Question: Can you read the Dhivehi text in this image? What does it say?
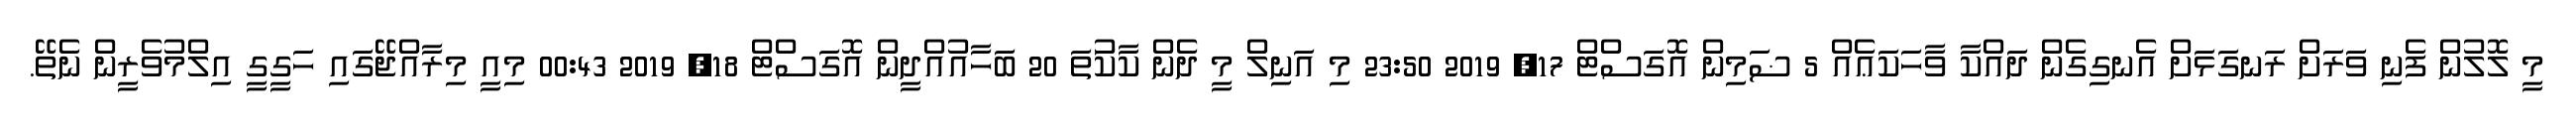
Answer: މީ ލޮލުން ފެނި ވަރަށް ރަނގަޅަށް އެނގިގެން ދައްކާ ވާހަކަޢެއް 5 ޟަމިން އޮގަސްޓް 17, 2019 23:50 މި އަނިލް މީ ދެން ކާކުަތަ 20 ބަހާއުއްދީން އޮގަސްޓް 18, 2019 00:43 މިއީ މިރާއްޖޭގައި ހަގީގީ އިލްމުވެރީން ނެތޭ.